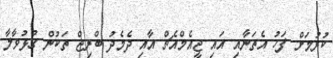
ކުރުމަށް ފަހު އެތަނާއި އައި ޖީއެމްއެޗް އާއި ދެމެދު ބްރިޖް ތަކުން ގުޅުވާލާ